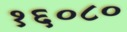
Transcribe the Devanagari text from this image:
१६०८०